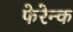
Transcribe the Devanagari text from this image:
फेरेन्क